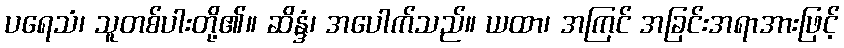
ပရေသံ၊ သူတစ်ပါးတို့၏။ ဆိန္ဒံ၊ အပေါက်သည်။ ယထာ၊ အကြင် အခြင်းအရာအားဖြင့်